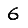
Digit: 6